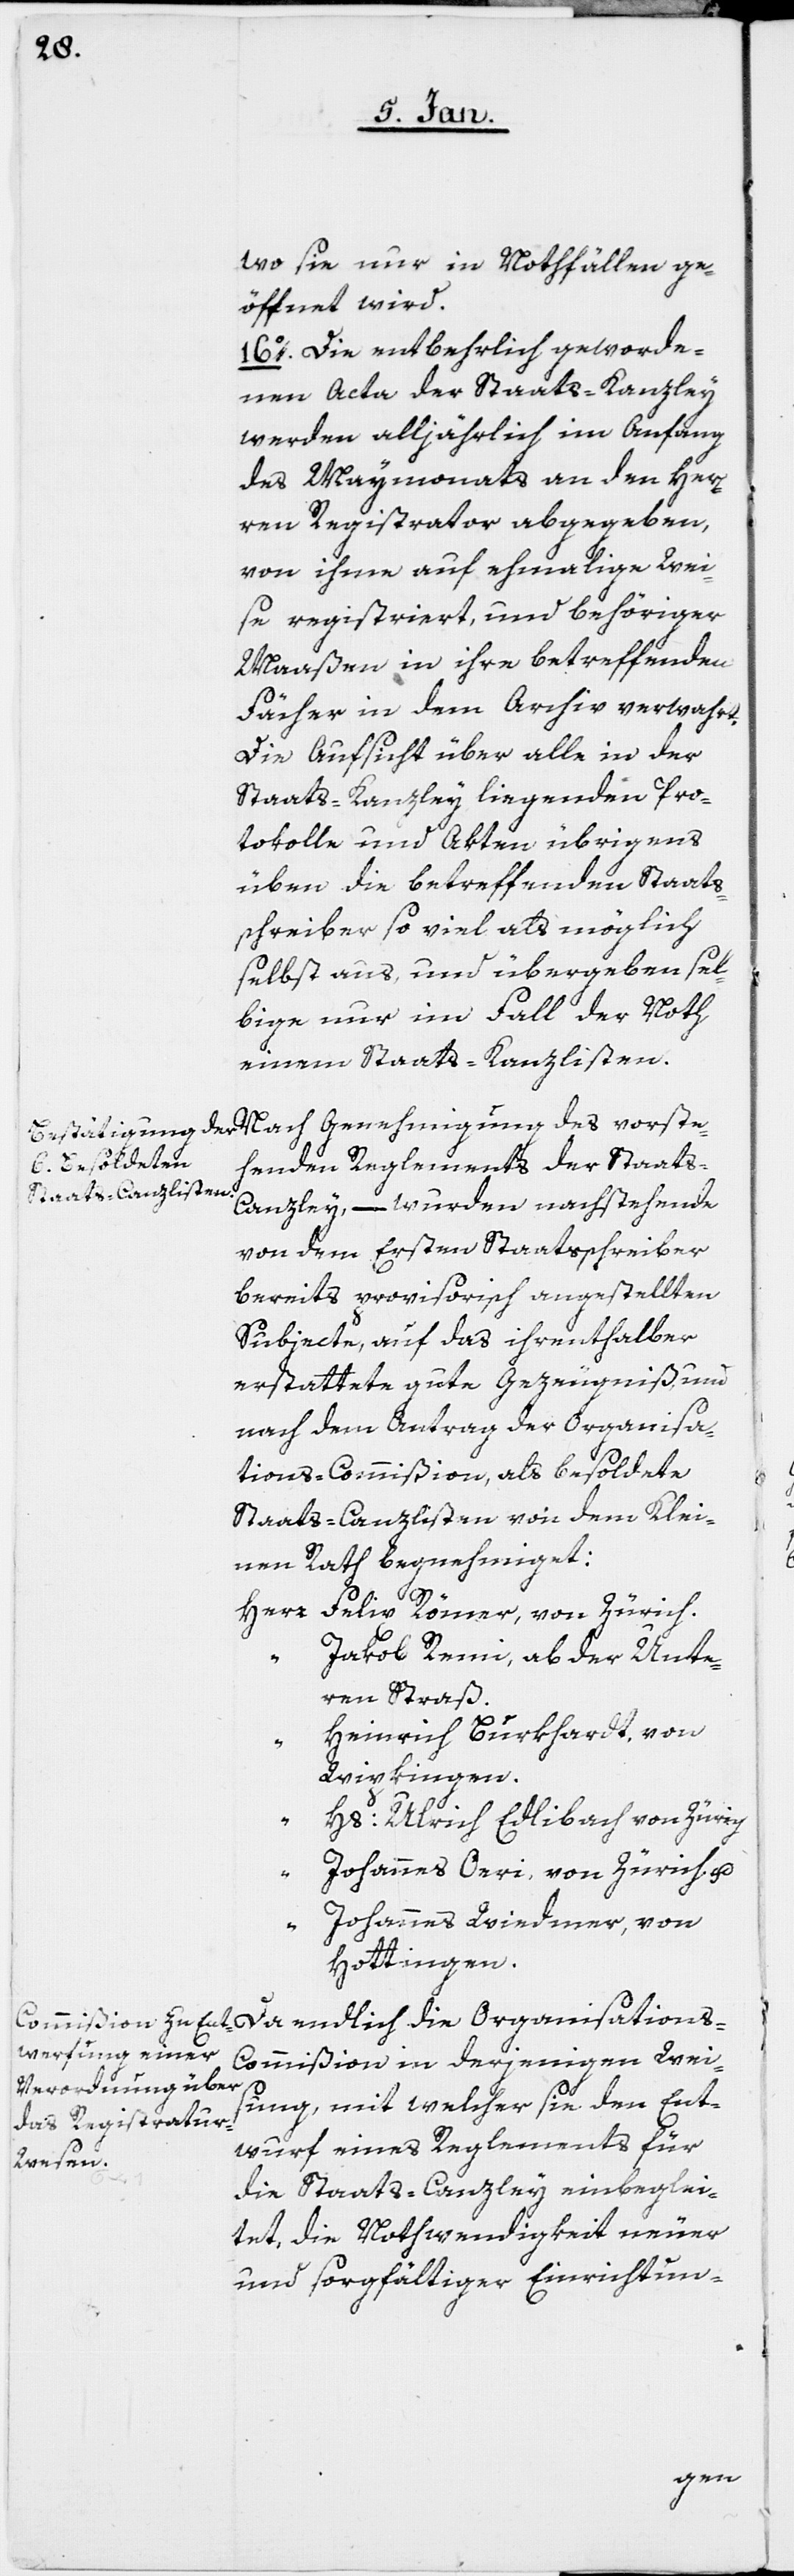
wo sie nur in Nothfällen ge¬
öffnet wird.
16o. Die entbehrlich geworde¬
nen Acta der Staats-Kanzley
werden alljährlich im Anfang
des Maymonats an den Her[r¬
en] Registrator abgegeben,
von ihme auf ehemalige Wei¬
se registriert und behöriger
Maaßen in ihre betreffenden
Fächer in dem Archiv verwahrt.
Die Aufsicht über alle in der
Staats-Kanzley liegenden Pro¬
tokolle und Akten übrigens
üben die betreffenden Staats¬
schreiber so viel als möglich
selbst aus, und übergeben sel¬
bige nur im Fall der Noth,
einem Staats-Kanzlisten.
henden Reglements der Staat¬
s-Canzley, – wurden nachstehende
von dem Ersten Staatsschreiber
bereits provisorisch angestellten
Subjecte, auf das ihrenthalber
erstattete gute Gezeugniß, und
nach dem Antrag der Organisa¬
tions-Commißion, als besoldete
Staats-Canzlisten von dem Klei¬
nen Rath begnehmiget:
Herr Felix Römer, von Zürich.
Jakob Remi, ab der Unte¬
ren Straß.
Heinrich Burkhardt, von
Wipkingen.
“ Hs. Ulrich Edlibach, von Zürich.
Johannes Oeri, von Zürich u.
“
Johannes Wiedmer, von
Hottingen.
ommißion in derjenigen Wei¬
sung, mit welcher sie den Ent¬
wurf eines Reglements für
tions-C¬
die Staats-Canzley einbeglei¬
tet, die Nothwendigkeit neuer
und sorgfältiger Einrichtun-